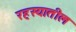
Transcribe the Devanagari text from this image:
रहस्यातील